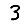
Digit: 3